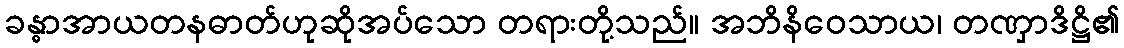
ခန္ဓာအာယတနဓာတ်ဟုဆိုအပ်သော တရားတို့သည်။ အဘိနိဝေသာယ၊ တဏှာဒိဋ္ဌိ၏